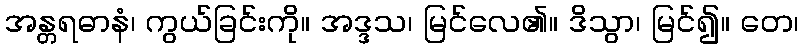
အန္တရဓာနံ၊ ကွယ်ခြင်းကို။ အဒ္ဒသ၊ မြင်လေ၏။ ဒိသွာ၊ မြင်၍။ တေ၊